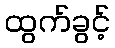
ထွက်ခွင့်